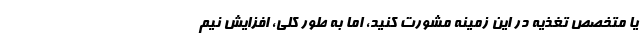
یا متخصص تغذیه در این زمینه مشورت کنید، اما به طور کلی، افزایش نیم